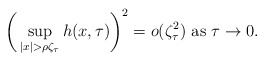
\begin{align*} \bigg(\sup_{|x|> \rho\zeta_{\tau}}h(x,\tau)\bigg)^2=o(\zeta_{\tau}^2) \mbox{ as } \tau\rightarrow 0.\end{align*}